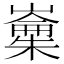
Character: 𱤢